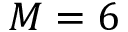
M = 6